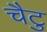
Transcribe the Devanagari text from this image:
चैटु